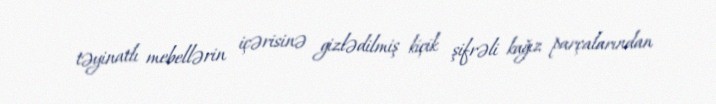
təyinatlı mebellərin içərisinə gizlədilmiş kiçik şifrəli kağız parçalarından